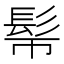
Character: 𩫿